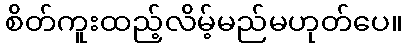
စိတ်ကူးထည့်လိမ့်မည်မဟုတ်ပေ။